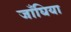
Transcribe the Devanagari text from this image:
जाँघिया